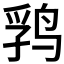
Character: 𱉺